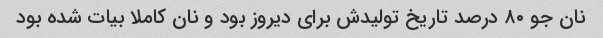
نان جو ۸۰ درصد تاریخ تولیدش برای دیروز بود و نان کاملا بیات شده بود